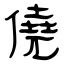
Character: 僥